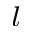
^ l